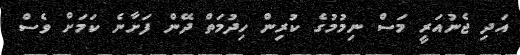
އަދި ޖެނުއަރީ މަސް ނިމުމުގެ ކުރިން ހިދުމަތް ދޭން ފަށާނެ ކަމަށް ވެސް